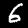
Digit: 6